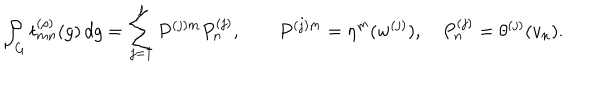
\int _ { G } t _ { m n } ^ { ( \rho ) } ( g ) \, d g = \sum _ { j = 1 } ^ { \ell } P ^ { ( j ) m } P _ { n } ^ { ( j ) } , \qquad P ^ { ( j ) m } = \eta ^ { m } ( w ^ { ( j ) } ) , \quad P _ { n } ^ { ( j ) } = \theta ^ { ( j ) } ( v _ { n } ) .